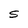
Character: S